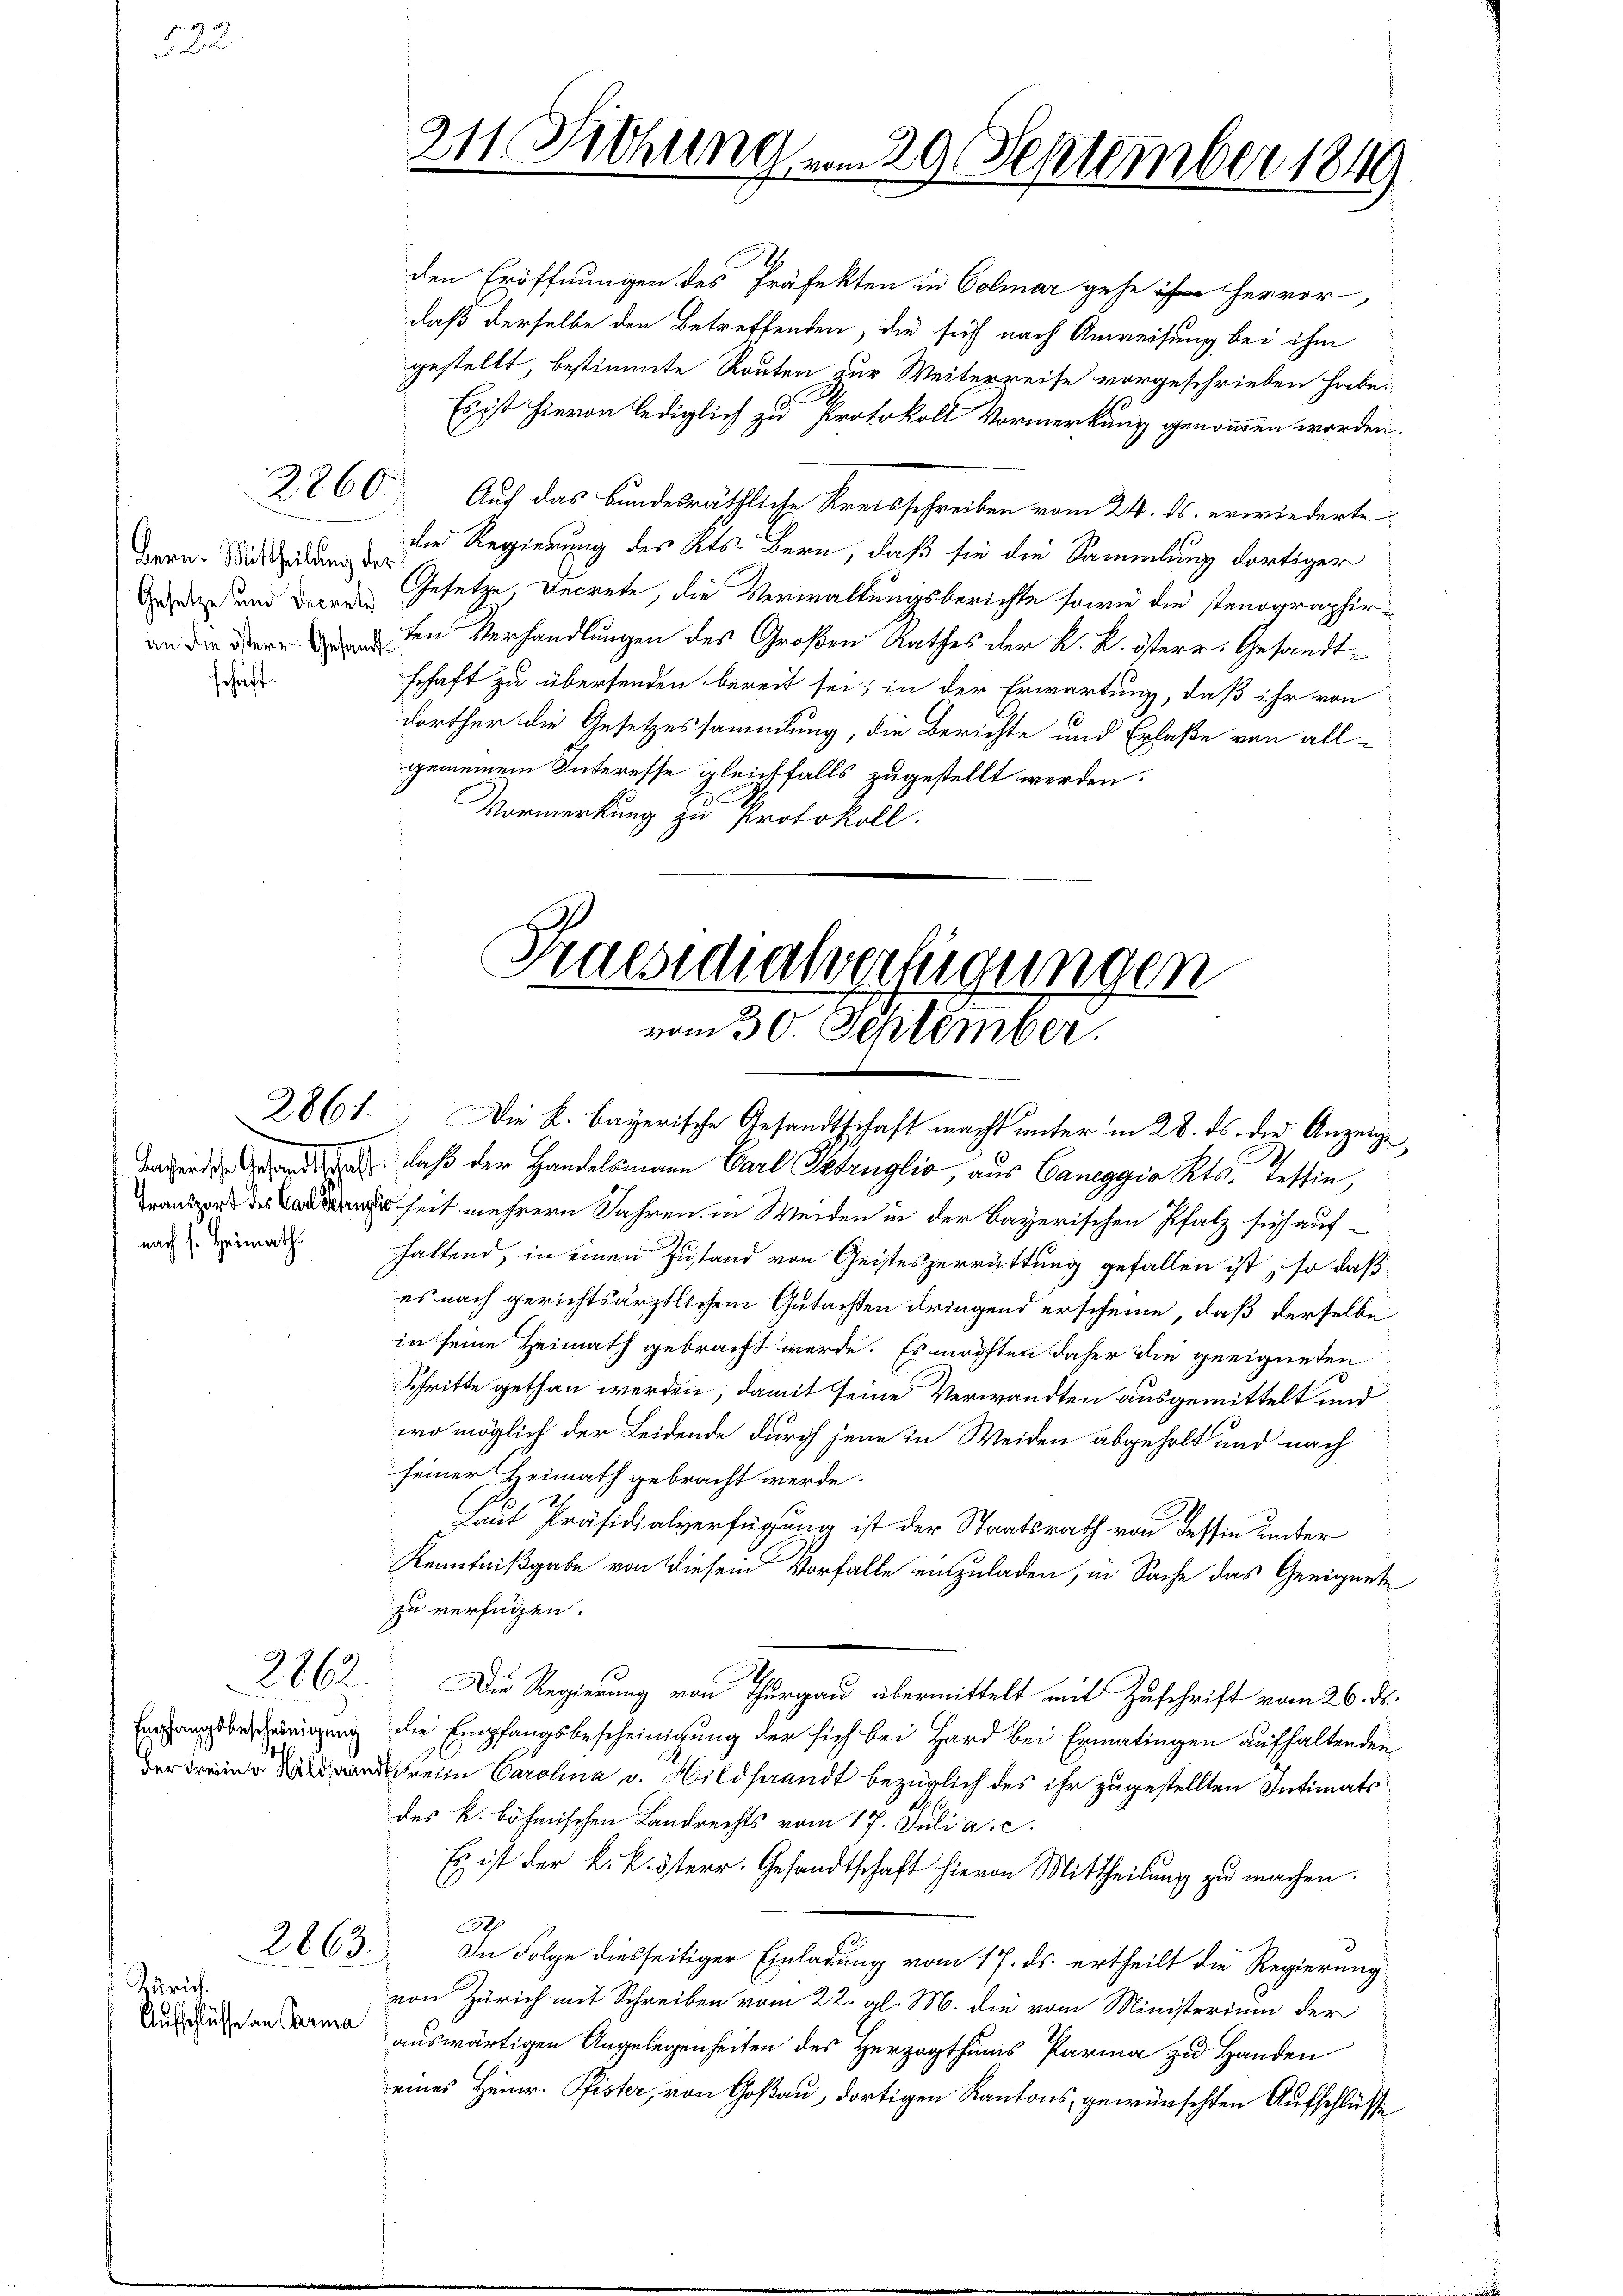
822

Bern. Mittheilung der

schaft

nach s. Heimath.

2860.

2862

Empfangsbescheinigung
e

den Eröffnungen des Präfekten in Colmar gehe ihre hervor
daß derselbe den Betreffenden, die sich nach Anweisung bei ihm
gestellt, bestimmte Routen zur Weiterreise vorgeschrieben habe.
Es ist hievon lediglich zu Protokoll Vormerkung genommen worden.
Auf das bundesräthliche Kreisschreiben vom 24. ds. erwiederte
die Regierung des Kts. Bern, daß sie die Sammlung dortiger
a und dare Gesetze, Decrete, die Verwaltungsberichte sowie die stenographirden Verhandlungen des Großen Rathes der K. K. österr. Gesandtschaft zu übersenden bereit sei; in der Erwartung, daß ihr von
dorther die Gesetzessammlung, die Berichte und Erlaße von allgemeinem Interesse gleichfalls zugestellt werden.
Vormerkung zu Protokoll.

2663.

Zürich.
Aufschlüsse an Carma

211. Fichung vom 29. September 1849

Praesidialverfügungen
vom 30. September.

2861. Die K. bayerische Gesandtschaft macht unter in 28. ds. die Anzeige
 d daß der Handelsmann Carl Petruglio, aus Caneggio Kts. Tessin,
seit mehrern Jahren in Weiden in der bayerischen Pfalz sich aufhaltend, in einen Zustand von Geisteszerrüttung gefallen ist, so daß
es nach gerichtsärztlichem Gutachten dringend erscheine, daß derselbe
in seine Heimath gebracht werde. Es möchten daher die geeigneten
Schritte gethan werden, damit seine Verwandten ausgemittelt und
wo möglich der Leidende durch jene in Weiden abgeholt und nach
seiner Heimath gebracht werde.
Laut Präsidialverfügung ist der Staatsrath von Tessin unter
Kenntnißgabe von diesem Vorfalle einzuladen, in Sache das Geeignete
zu verfügen.
Die Regierung von Thurgau übermittelt mit Zuschrift vom 26. ds.
die Empfangsbescheinigung der sich bei Hard bei Ermatingen aufhaltenden
1
rei Carolina v. Wildsaandt bezüglich des ihr zugestellten Intimatsdes k. böhmischen Landrechts vom 17. Juli a. c.
Es ist der k. k. österr. Gesandtschaft hievon Mittheilung zu machen.
39
In Folge diesseitiger Einladung vom 17. ds. ertheilt die Regierung
von Zürich mit Schreiben vom 22. gl. M. die vom Ministerium der
auswärtigen Angelegenheiten des Herzogthums Parina zu Handen
eines Heinr. Pfister, von Goßau, dortigen Kantons, gewünschten Aufschlüsse